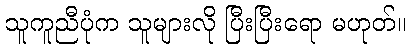
သူကူညီပုံက သူများလို ပြီးပြီးရော မဟုတ်။